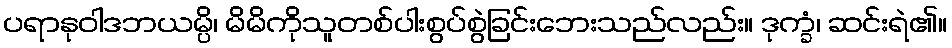
ပရာနုဝါဒဘယမ္ပိ၊ မိမိကိုသူတစ်ပါးစွပ်စွဲခြင်းဘေးသည်လည်း။ ဒုက္ခံ၊ ဆင်းရဲ၏။